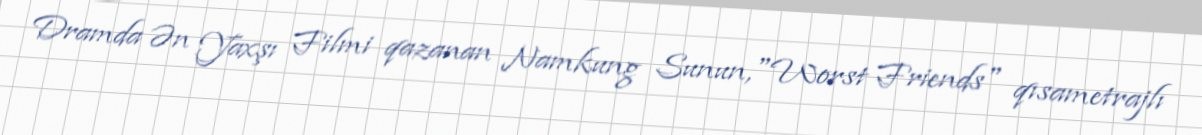
Dramda Ən Yaxşı Filmi qazanan Namkung Sunun,"Worst Friends" qısametrajlı